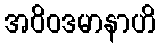
အဝိဝဒမာနာဟိ